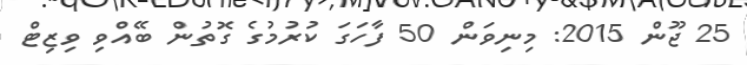
25 ޖޫން 2015: މިނިވަން 50 ފާހަގަ ކުރުމުގެ ގޮތުން ބޭއްވި ވިޒިޓް